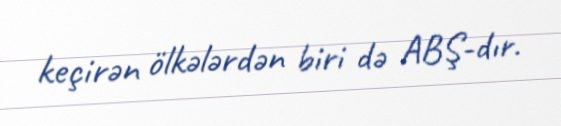
keçirən ölkələrdən biri də ABŞ-dır.